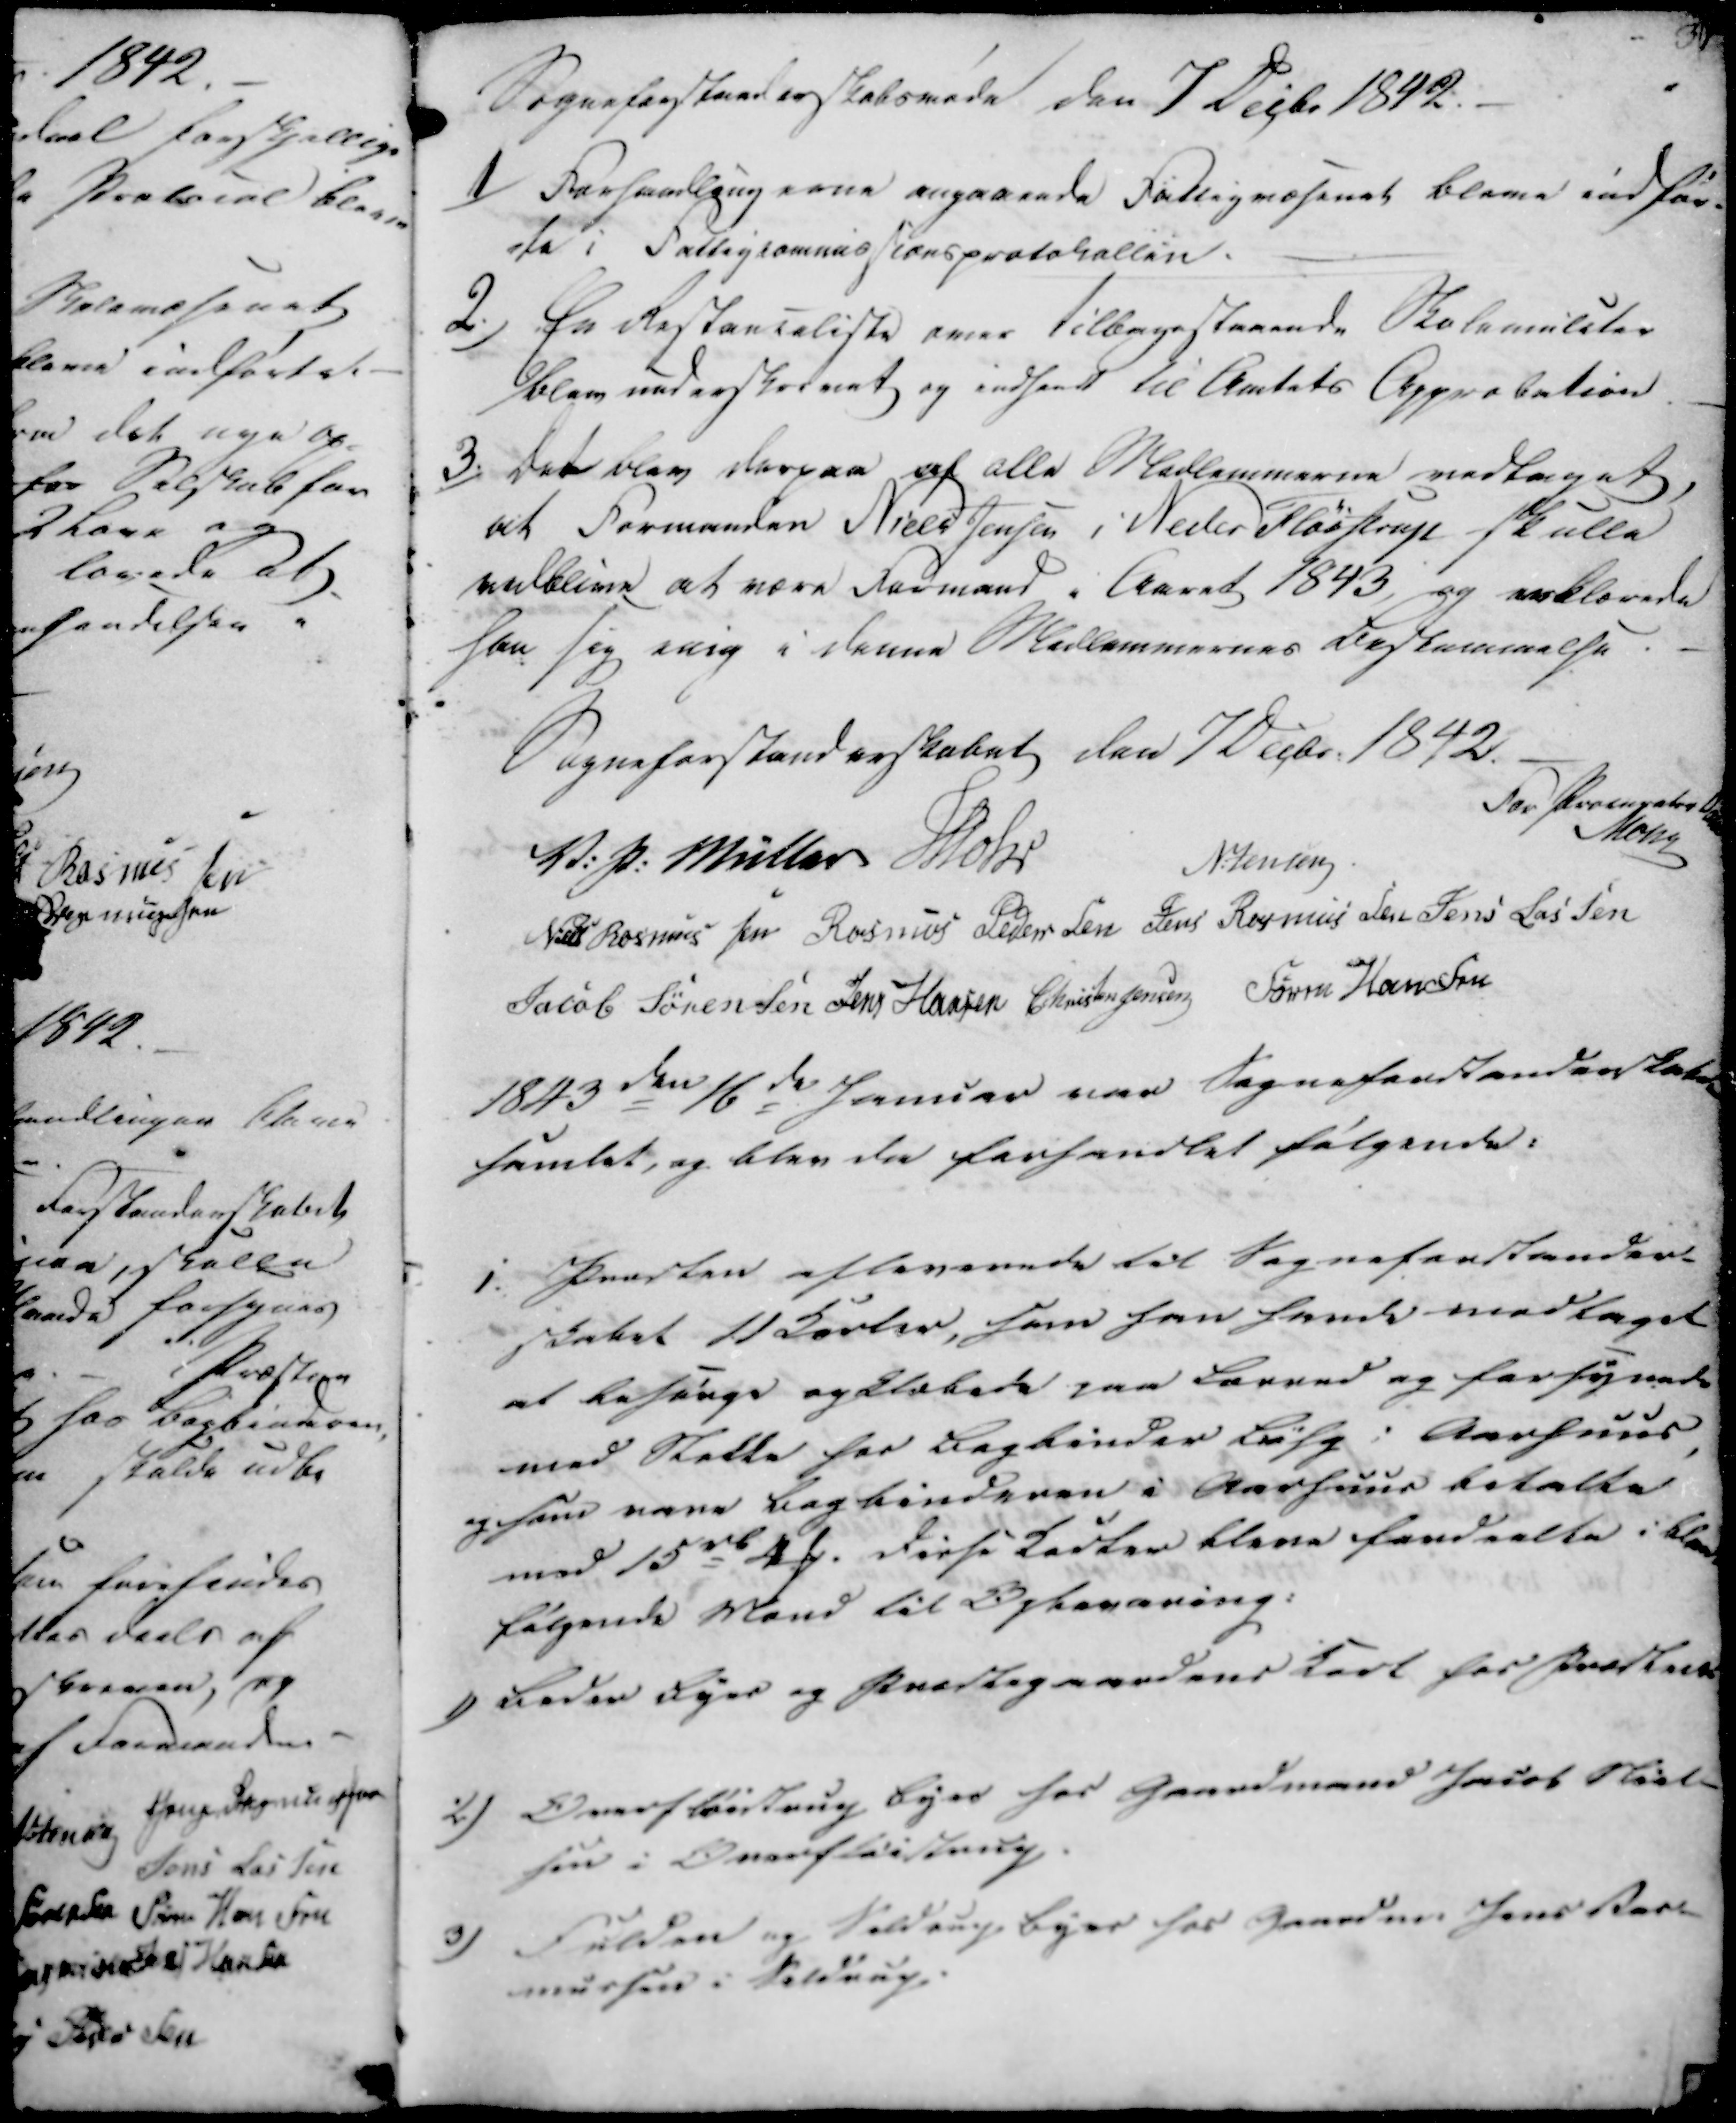
Transskription:
Sogneforstanderskabsmøde den 7 Decbr 1842.

1)
Forhandlingerne angaaende Fattigvæsenet bleve indfør-
-te i Fattigcommisionsprotokollen.

2.)
En Restanseliste over tilbagestaaende Skolemileter
blev underskrevet og indført til Amtets Approbation.

3.)
Det blev derpaa af alle Medlemmerne vedtaget,
at Formanden Niels Jensen i Neder Fløitrup skulle
vedblive at være Formand i Aaret 1843, og erklærede
han sig enig i denne Medlemmernes Bestemmelse.

Sogneforstanderskabet den 7 Decbr: 1842.

For Procurator Dahl
Mohr
V: P: Müller
Mohr
N:Jensen
Niels Rasmussen
Rasmus Pedersen
Jens Rasmussen
Jens Lassen
Jacob Sørensen
Jens Hansen
Christen Jensen
Søren Hansen

1843 den 16de Januar var Sogneforstanderskabet
samlet, og blev da forhandlet følgende:

1.
Præsten afleverede til Sogneforstander-
skabet 11 Korter, som han havde medtaget
at besørge opklæbede paa Lærred og forsynede
med Stette for bogbinder Bøhg i Aarhuus,
og som vane Bogbinderen i Aarhuus betalte
med 15rd 4₻. Disse Korter bleve fordeelte i blandt
følgende Mand til Opbevaring:

1)
Beder Byes og Præstegaardens Kort hos Præsten.

2)
Overfløistrup Byes hos Gaardmand Jacob Niel-
sen i Overfløistrup.

3)
Fulden og Soldrup Byes hos Gaardm. Jens Ras-
mussen i Soldrup.